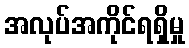
အလုပ်အကိုင်ရရှိမှု